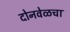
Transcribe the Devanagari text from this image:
दोनवेळचा